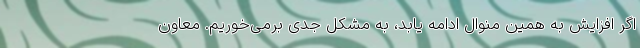
اگر افزایش به همین منوال ادامه یابد، به مشکل جدی برمی‌خوریم. معاون